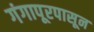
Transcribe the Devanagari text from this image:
गंगापूरपासून